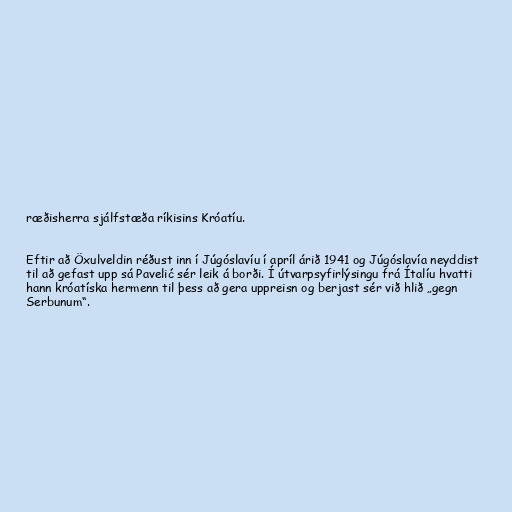
ræðisherra sjálfstæða ríkisins Króatíu.

Eftir að Öxulveldin réðust inn í Júgóslavíu í apríl árið 1941 og Júgóslavía neyddist
til að gefast upp sá Pavelić sér leik á borði. Í útvarpsyfirlýsingu frá Ítalíu hvatti
hann króatíska hermenn til þess að gera uppreisn og berjast sér við hlið „gegn
Serbunum“.